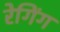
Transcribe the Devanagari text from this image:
रेगिंग